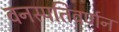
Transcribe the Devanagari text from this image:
वनस्पतिवर्णन